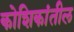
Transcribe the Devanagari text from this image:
कोशिकांतील